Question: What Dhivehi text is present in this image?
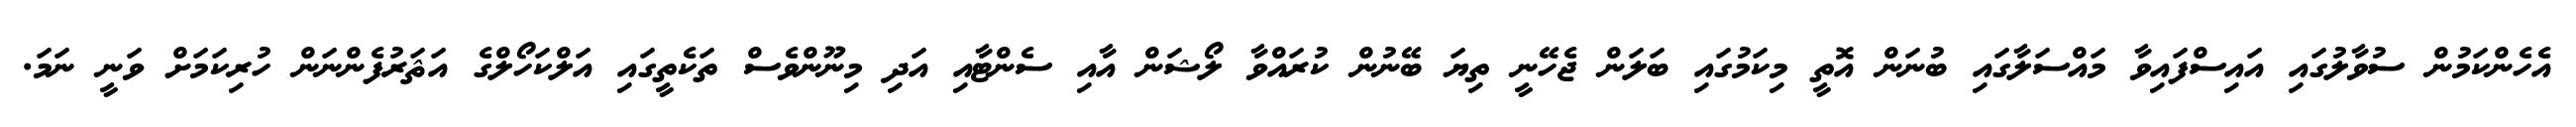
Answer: އެހެންކަމުން ސުވާލުގައި އައިސްފައިވާ މައްސަލާގައި ބުނަން އޮތީ މިކަމުގައި ބަލަން ޖެހޭނީ ތިޔަ ބޭނުން ކުރައްވާ ލޯޝަން އާއި ސެންޓާއި އަދި މިނޫންވެސް ތަކެތީގައި އަލްކަހޯލްގެ އަޘަރުފެންނަން ހުރިކަމަށް ވަނީ ނަމަ.